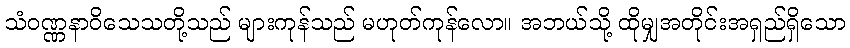
သံဝဏ္ဏနာဝိသေသတို့သည် များကုန်သည် မဟုတ်ကုန်လော။ အဘယ်သို့ ထိုမျှအတိုင်းအရှည်ရှိသော